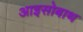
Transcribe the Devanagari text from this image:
आइसोबाथ